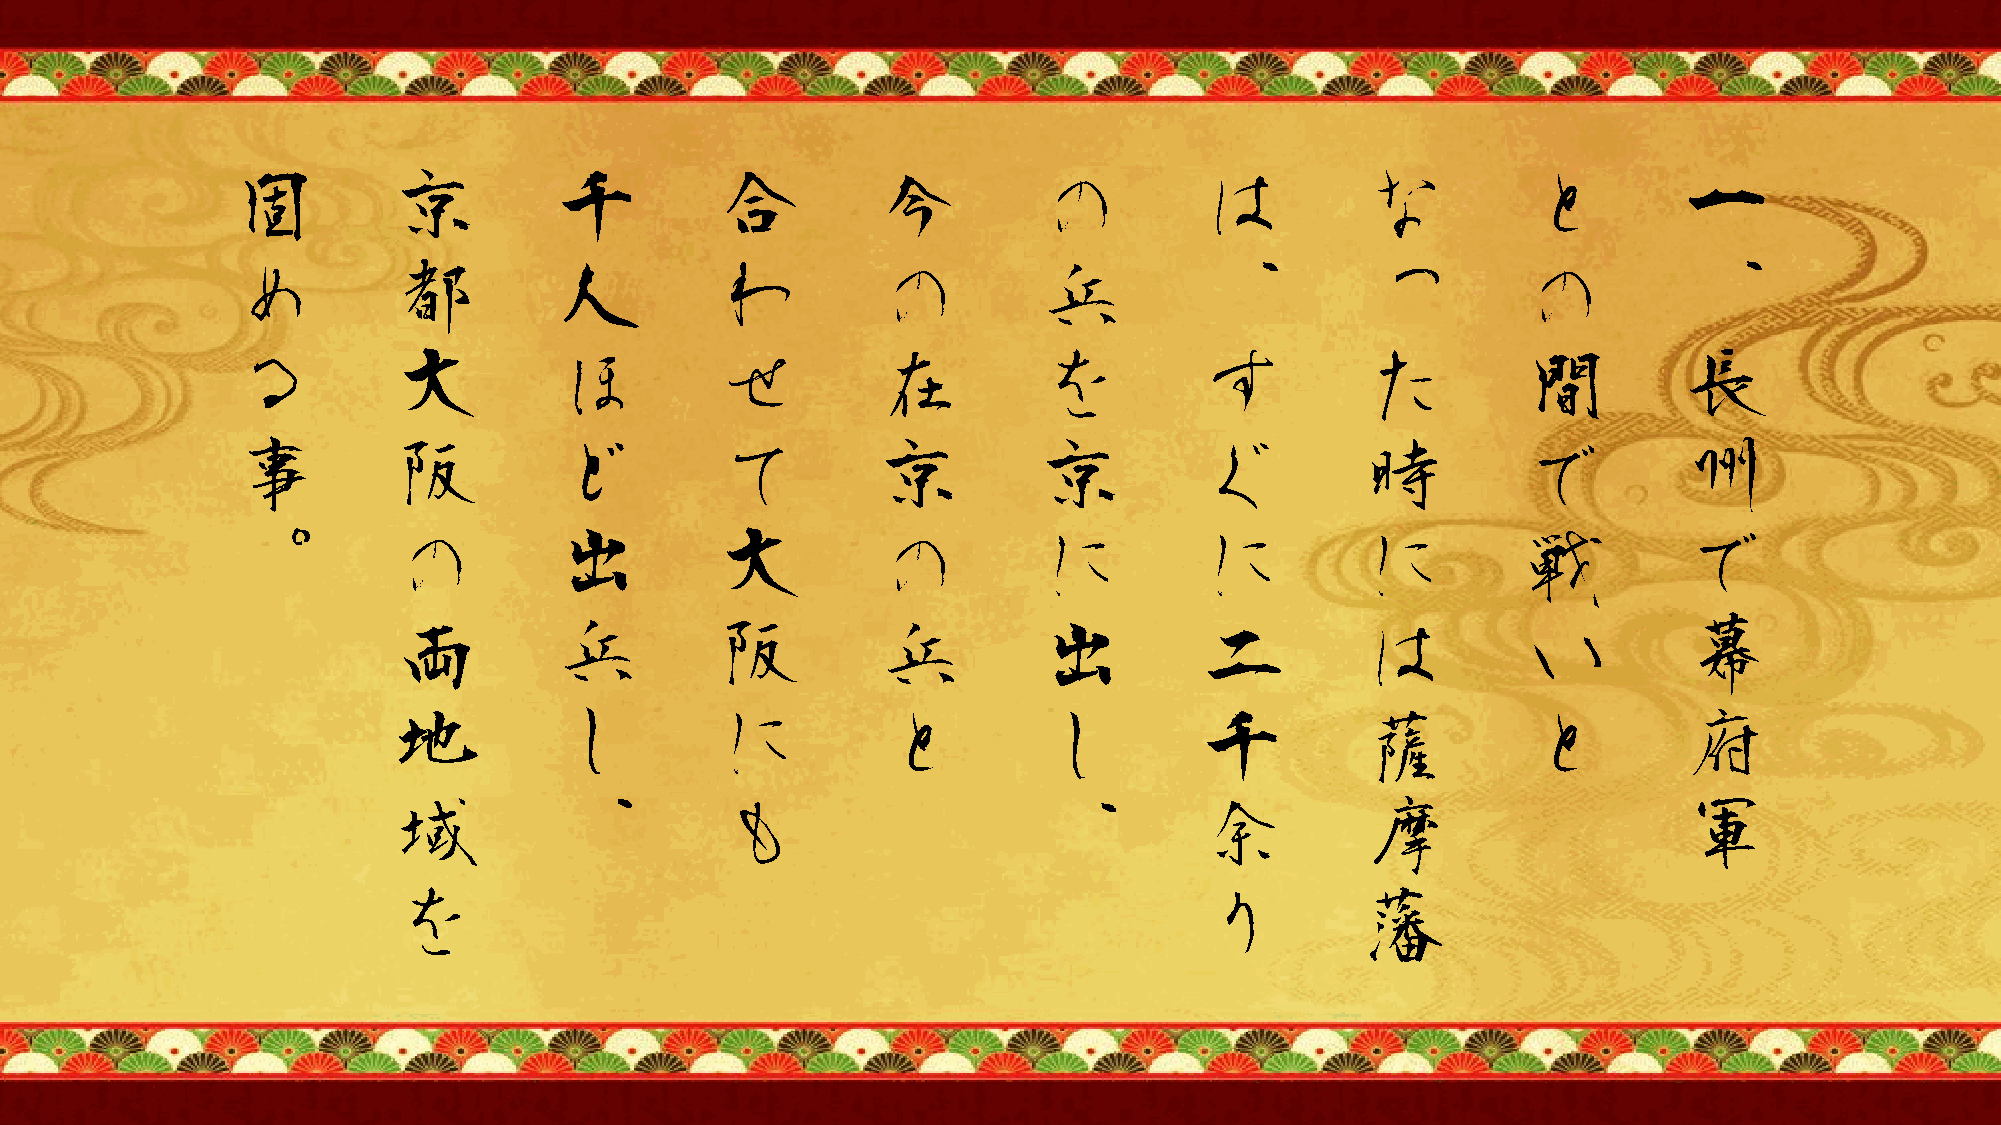
固          京          千         合          今          の         は          な          と         一
 め          都          人         わ          の          兵         、          っ          の         、
 る          大          ほ         せ          在          を         す          た          間         長
 事          阪          ど         て          京          京         ぐ          時          で         州
 。          の          出         大          の          に         に          に          戦         で
 両          兵         阪          兵          出         二          は          い         幕
 地          し         に          と          し         千          薩          と         府
 域          、         も                     、         余          摩                    軍
 を                                                    り          藩